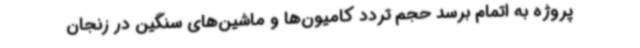
پروژه به اتمام برسد حجم تردد کامیون‌ها و ماشین‌های سنگین در زنجان